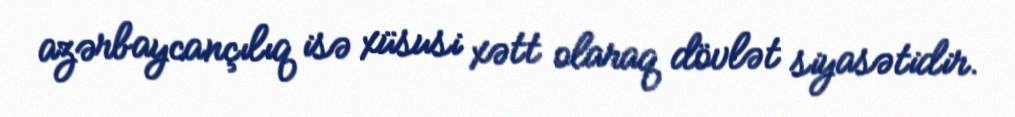
azərbaycançılıq isə xüsusi xətt olaraq dövlət siyasətidir.